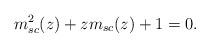
LaTeX: \begin{align*}m_{sc}^2(z)+zm_{sc}(z)+1=0.\end{align*}